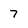
Character: 7